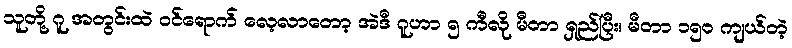
သူတို့ ဂူ အတွင်းထဲ ဝင်ရောက် လေ့လာတော့ အဲဒီ ဂူဟာ ၅ ကီလို မီတာ ရှည်ပြီး၊ မီတာ ၁၅၀ ကျယ်တဲ့